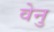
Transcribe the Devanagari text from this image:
वेनु